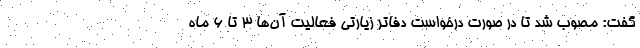
گفت: مصوب شد تا در صورت درخواست دفاتر زیارتی فعالیت آن‌ها ۳ تا ۶ ماه